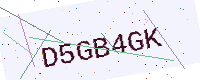
Text: D5GB4GK